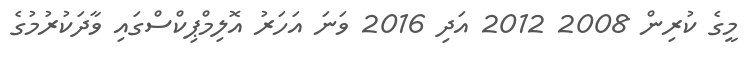
މީގެ ކުރިން 2008 2012 އަދި 2016 ވަނަ އަހަރު އޮލިމްޕިކްސްގައި ވާދަކުރުމުގެ